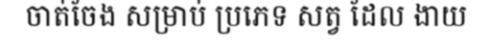
ចាត់ចែង សម្រាប់ ប្រភេទ សត្វ ដែល ងាយ